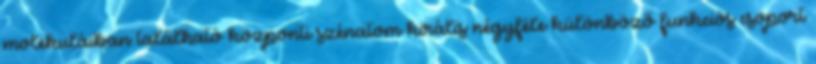
molekuláiban található központi szénatom királis négyféle különböző funkciós csoport